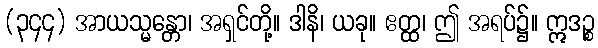
(၃၄၄) အာယသ္မန္တော၊ အရှင်တို့။ ဒါနိ၊ ယခု။ ဧတ္ထ၊ ဤ အရပ်၌။ ဣဒဉ္စ